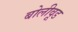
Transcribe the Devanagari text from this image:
बोलीवूड